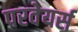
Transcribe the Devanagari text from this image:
परवेयर्स